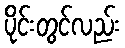
ပိုင်းတွင်လည်း